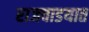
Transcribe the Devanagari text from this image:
राजवाडयात